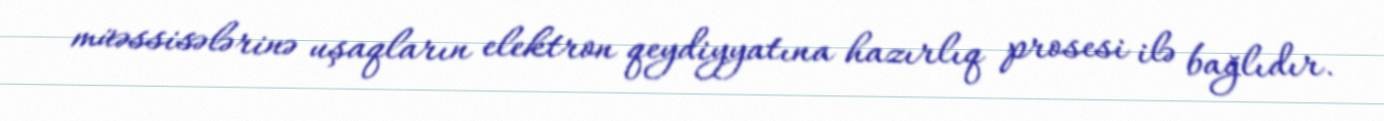
müəssisələrinə uşaqların elektron qeydiyyatına hazırlıq prosesi ilə bağlıdır.